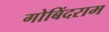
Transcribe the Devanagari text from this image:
गोबिंदराम